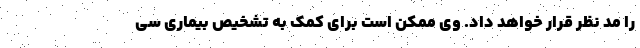
را مد نظر قرار خواهد داد. وی ممکن است برای کمک به تشخیص بیماری سی